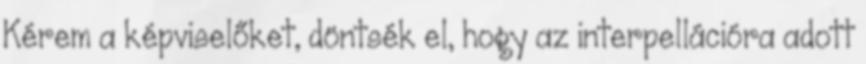
Kérem a képviselőket, döntsék el, hogy az interpellációra adott